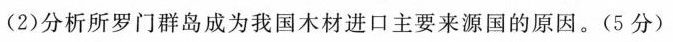
(2)分析所罗门群岛成为我国木材进口主要来源国的原因。(5分）